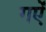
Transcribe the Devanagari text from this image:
गऐं